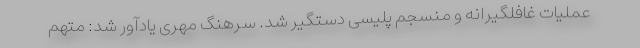
عملیات غافلگیرانه و منسجم پلیسی دستگیر شد. سرهنگ مهری یادآور شد: متهم